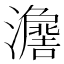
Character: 𱪃